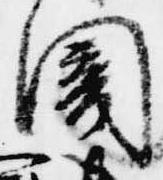
闇